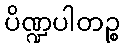
ပိဏ္ဍပါတဉ္စ